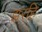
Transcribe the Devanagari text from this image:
झरहि